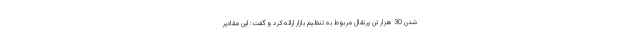
شدن 30 هزار تن پرتقال مربوط به تنظیم بازار ارائه کرد و گفت: این مقادیر